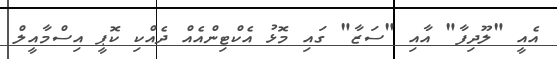
އެއީ "ލޫދިފާ" އާއި "ސަޒާ" ގައި މޮޅު އެކްޓިންއެއް ދެއްކި ކޮޕީ އިސްމާއީލް